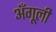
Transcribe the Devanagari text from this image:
अँगूली